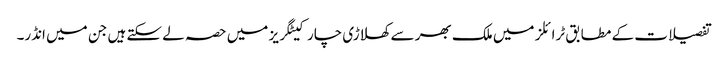
تفصیلات کے مطابق ٹرائلز میں ملک بھر سے کھلاڑی چار کیٹگریز میں حصہ لے سکتے ہیں جن میں انڈر۔